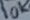
Text: 10K